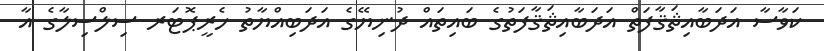
ކަވާސާ އަދަބާއިޘަޤާފަތް އަދަބާއިޘަޤާފަތުގެ ބައިތައް ދުނިޔޭގެ އަދަބިއްޔާތު ހެރީޕޮޓަރ ސިލްސިލާގެ އާ